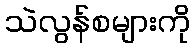
သဲလွန်စများကို